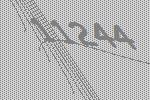
11244